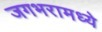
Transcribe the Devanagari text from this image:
जगभरामध्ये